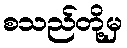
စသည်တို့မှ